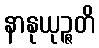
နာနုယုဉ္ဇတိ